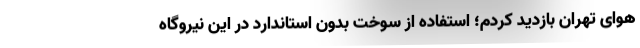
هوای تهران بازدید کردم؛ استفاده از سوخت بدون استاندارد در این نیروگاه